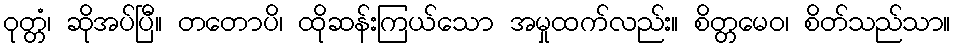
ဝုတ္တံ၊ ဆိုအပ်ပြီ။ တတောပိ၊ ထိုဆန်းကြယ်သော အမှုထက်လည်း။ စိတ္တမေဝ၊ စိတ်သည်သာ။